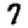
Digit: 7